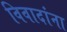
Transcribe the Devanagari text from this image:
विवादांना